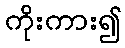
ကိုးကား၍